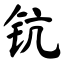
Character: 钪